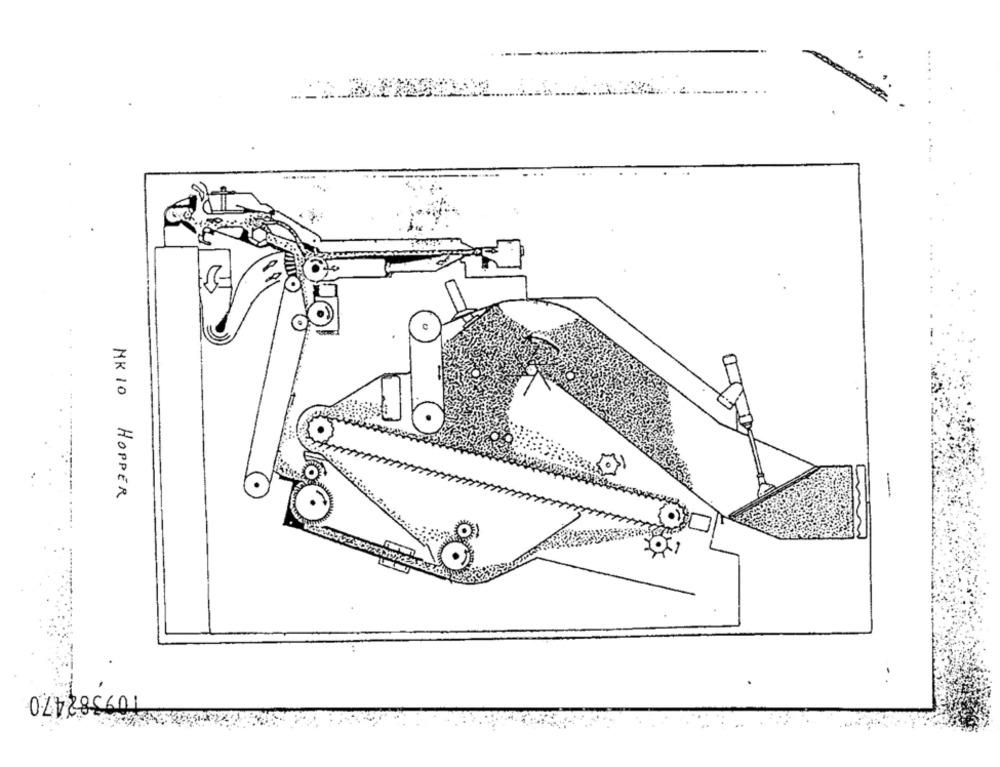
MR 10 HOPPER
..
109382470